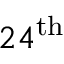
2 4 ^ { \mathrm { t h } }